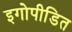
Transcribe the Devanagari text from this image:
इगोपीडित